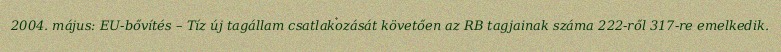
2004. május: EU-bővítés – Tíz új tagállam csatlakozását követően az RB tagjainak száma 222-ről 317-re emelkedik.